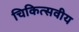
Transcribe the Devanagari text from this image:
चिकित्सवीय